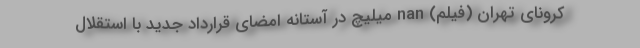
کرونای تهران (فیلم) nan میلیچ در آستانه امضای قرارداد جدید با استقلال